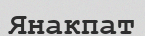
Янакпат